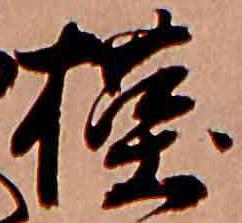
槿